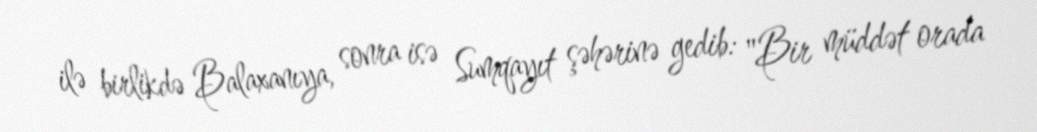
ilə birlikdə Balaxanıya, sonra isə Sumqayıt şəhərinə gedib: "Bir müddət orada